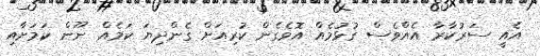
އެއީ ސަރުކާރާ އެއްވެސް ގުޅުމެއް އޮވެގެން ކުރިއަށް ގެންދިޔަ ކަމެއް ނޫން ކަމަށާއި